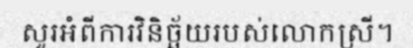
សួរអំពីការវិនិច្ឆ័យរបស់លោកស្រី។